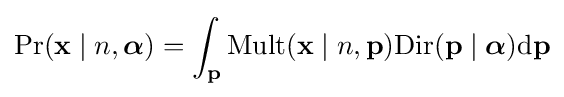
\Pr(\mathbf {x} \mid n,{\boldsymbol {\alpha }})=\int _{\mathbf {p} }\mathrm {Mult} (\mathbf {x} \mid n,\mathbf {p} )\mathrm {Dir} (\mathbf {p} \mid {\boldsymbol {\alpha }}){\textrm {d}}\mathbf {p}